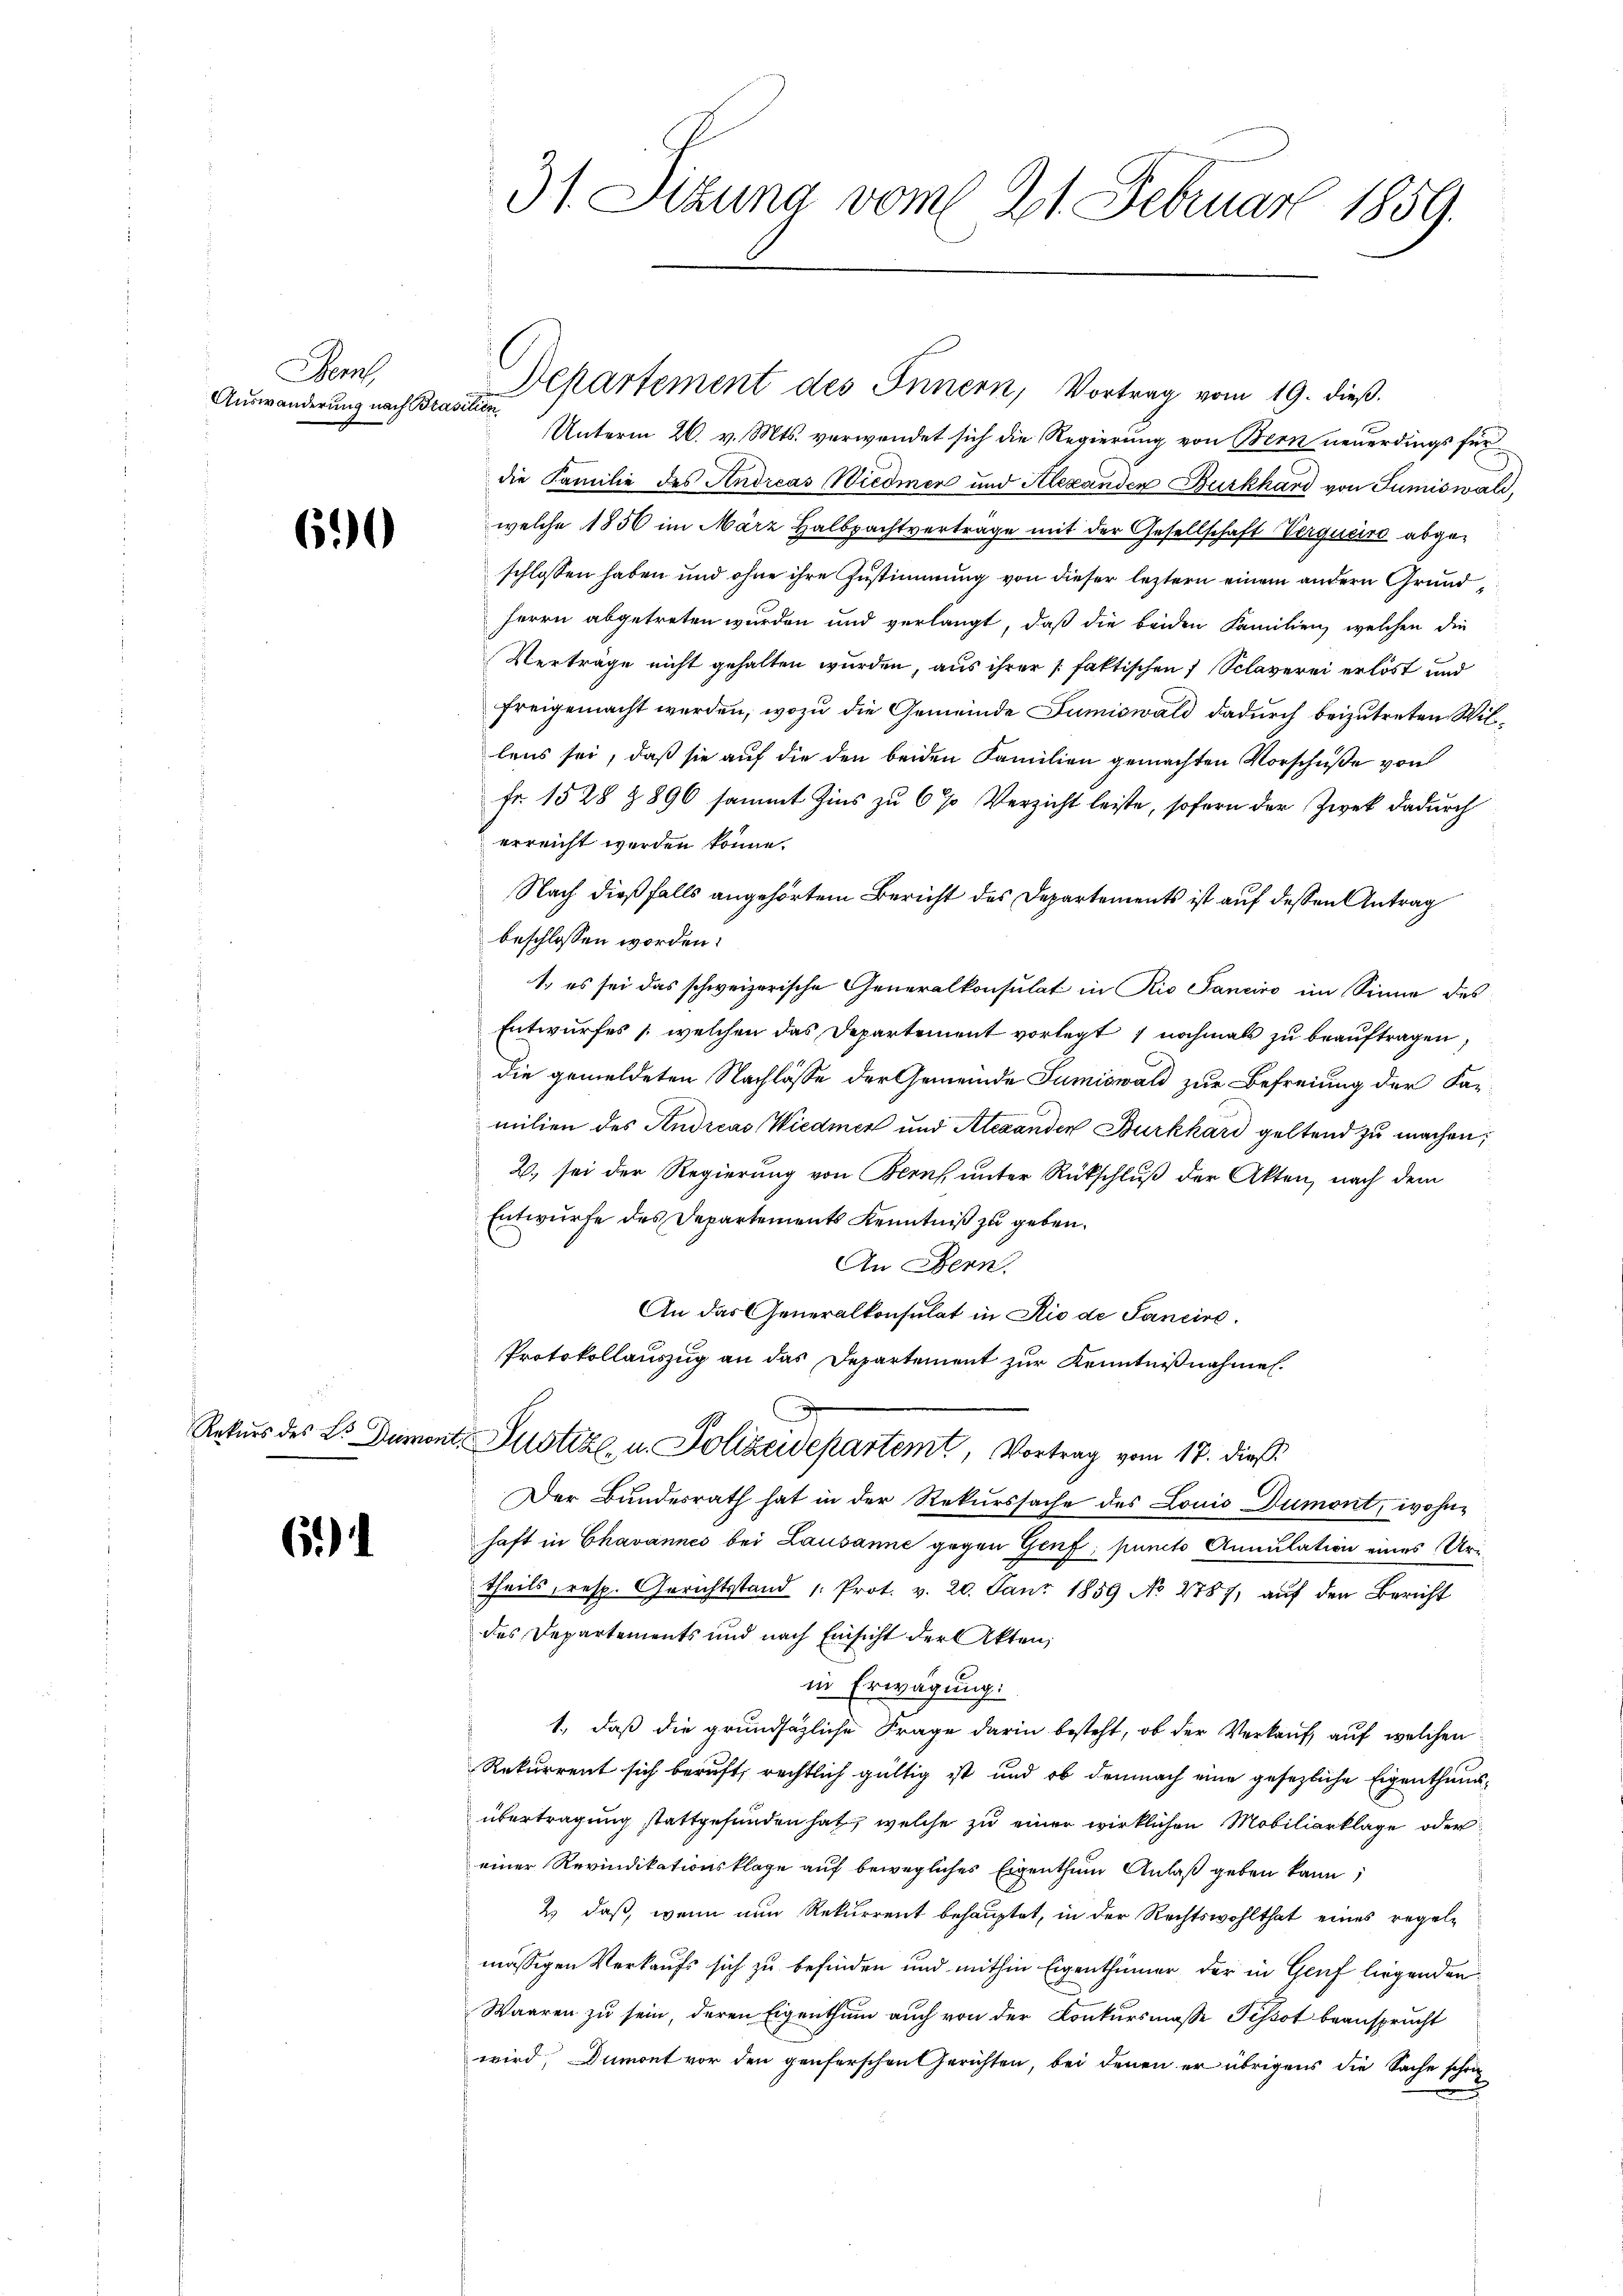
Damal
Auswanderung nach Brasilien

6.

6)

31. Sitzung vom 21. Februar 1859.

Unterm 26. v. Mts. verwendet sich die Regierung von Bern neuerdings fürdie Familie des Andreas Wiedmen und Alexanden Burkhard von Tumiswald,
welche 1856 im März Halbpachtvertrage mit der Gesellschaft Verquere abgeschlossen haben und ohne ihre Zustimmung von dieser leztern einem andern Grund¬
Herrn abgetreten wurden und verlangt, daß die beiden Familien, welchen die
Verträge nicht gehalten wurden, aus ihrer /: faktischen 7 Sclaverei erlöst und
freigemacht werden, wozu die Gemeinde Jumiswald dadurch beizutreten Wil
lens sei, daß sie auf die den beiden Familien gemachten Vorschüße von
Fr. 1528 § 896 sammt Zins zu 6 % Verzicht leiste, sofern der Zwek dadurch
erreicht werden könne.
Nach dießfalls angehörtem Bericht des Departements ist auf dessen Antrag
beschlossen worden.
1. es sei das schweizerische Generalkonsulat in Rio Sanciro im Sinne des
Entwurfes (welchen das Departement vorlegt 1 nochmals zu beauftragen,
die gemeldeten Nachlösse der Gemeinde Sumiswald zur Befreiung der Far-
milien des Andreas Wiedmen und Alexanden Burkhard geltend zu machen;
2., sei der Regierung von Bern, unter Rückschluß der Akten, nach dem
Entwurfe des Departements Kenntniß zu geben.
An Bern.
An das Generalkonsulat in Rio de Pancire
Protokollauszug an das Departement zur Kenntnißnahmen.
Rekurs des L. Dumont. Justiz, u. Polizeidepartemt, Vortrag vom 17. dieß
Der Bundesrath hat in der Rekurssache des Louis Dumont, wohnhaft in Chavannes bei Lausanne gegen Genf; puncto Annulation eines Uri
theils, resp. Gerichtsstand 1. Prot. v. 20. Janr 1859 No 2787, aŭf den Bericht
des Departements und nach Einsicht der Akten;
in Erwägung.
1., daß die grundsätzliche Frage darin besteht, ob der Verkauf, auf welchen
Rekurrent sich beruft, rechtlich gültig ist und ob demnach eine gesezliche Eigenthumsübertragung stattgefunden hat, welche zu einer wirklichen Mobiliarklage oder
einer Revindikationsklage auf bewegliches Eigenthum Anlaß geben kann
2) daß, wenn nun Rekurrent behauptet, in der Rechtswohlthat eines regelmässigen Verkaufs sich zu befinden und mithin Eigenthümer der in Genf liegenden
Waaren zu sein, deren Eigenthum auch von der Konkursmasse Pissot beansprucht
wird, Dumont vor den genferschen Gerichten, bei denen er übrigens die Sache schon

Departement des Innern, Vortrag vom 19. dieß.